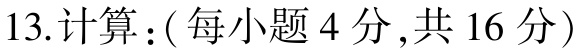
13.计算：( 每小题 4 分 ,共 16 分 )